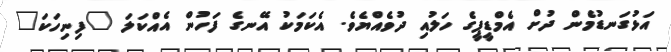
އަޅުގަނޑުމެން ދުށް އެމްޑީޕީގެ ހަލުއި ދުވެއްޔެވެ. އެކަމަކު އޭނގެ ފަހުން އެއްކަލަ "ފިނިހަކަ"